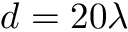
d = 2 0 \lambda